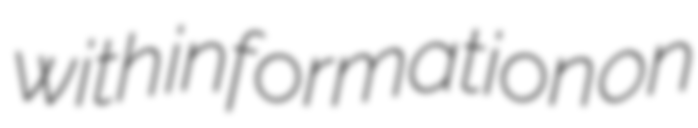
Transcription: with information on